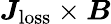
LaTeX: \boldsymbol{J}_{\mathrm{loss}}\times\boldsymbol{B}